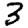
Digit: 3